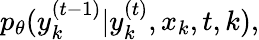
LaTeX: p_{\theta}(y_{k}^{(t-1)}|y_{k}^{(t)},x_{k},t,k),